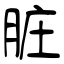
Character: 脏